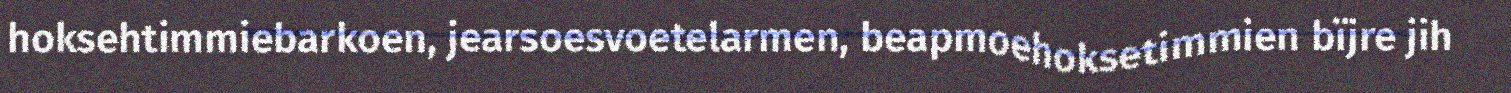
hoksehtimmiebarkoen, jearsoesvoetelarmen, beapmoehoksetimmien bïjre jih